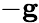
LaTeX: -\mathbf{g}